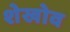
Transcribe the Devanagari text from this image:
शेखोव